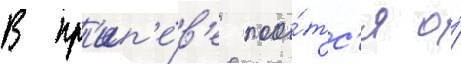
В пр'ип'е́в'е поо́тс'я о́